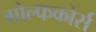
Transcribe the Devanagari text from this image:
गोल्फकोर्स